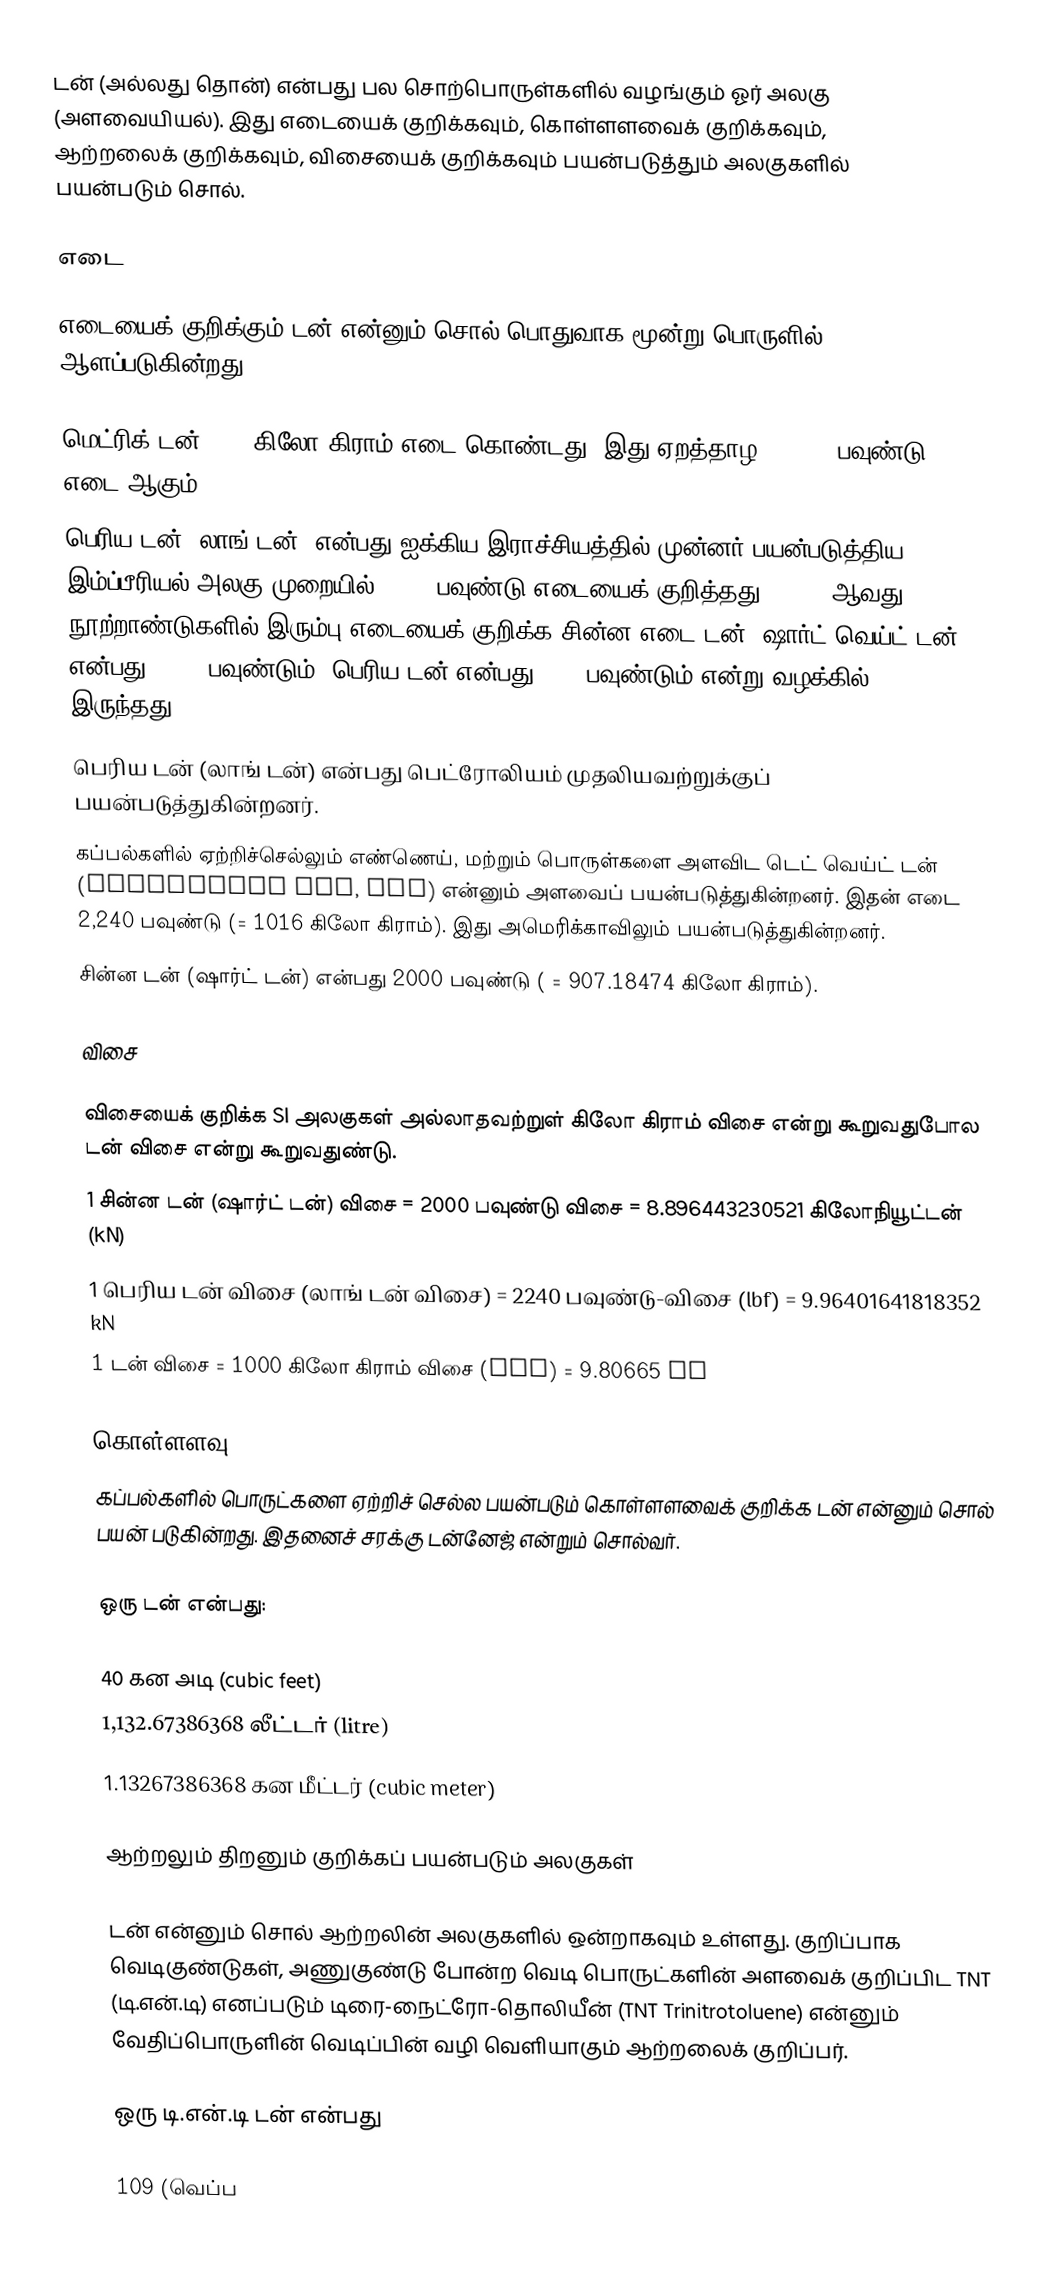
டன் (அல்லது தொன்) என்பது பல சொற்பொருள்களில் வழங்கும் ஓர் அலகு (அளவையியல்). இது எடையைக் குறிக்கவும், கொள்ளளவைக் குறிக்கவும், ஆற்றலைக் குறிக்கவும், விசையைக் குறிக்கவும் பயன்படுத்தும் அலகுகளில் பயன்படும் சொல்.

எடை

எடையைக் குறிக்கும் டன் என்னும் சொல் பொதுவாக மூன்று பொருளில் ஆளப்படுகின்றது.

 மெட்ரிக் டன் 1000 கிலோ கிராம் எடை கொண்டது. இது ஏறத்தாழ 2,204.6 பவுண்டு எடை ஆகும்.
 பெரிய டன் (லாங் டன்) என்பது ஐக்கிய இராச்சியத்தில் முன்னர் பயன்படுத்திய இம்ப்பீரியல் அலகு முறையில் 2,240 பவுண்டு எடையைக் குறித்தது. 17-18 ஆவது நூற்றாண்டுகளில் இரும்பு எடையைக் குறிக்க சின்ன எடை டன் (ஷார்ட் வெய்ட் டன்) என்பது 2,240 பவுண்டும், பெரிய டன் என்பது 2400 பவுண்டும் என்று வழக்கில் இருந்தது.
 பெரிய டன் (லாங் டன்) என்பது பெட்ரோலியம் முதலியவற்றுக்குப் பயன்படுத்துகின்றனர்.
 கப்பல்களில் ஏற்றிச்செல்லும் எண்ணெய், மற்றும் பொருள்களை அளவிட டெட் வெய்ட் டன் (deadweight ton, dwt) என்னும் அளவைப் பயன்படுத்துகின்றனர். இதன் எடை 2,240 பவுண்டு (= 1016 கிலோ கிராம்). இது அமெரிக்காவிலும் பயன்படுத்துகின்றனர்.
 சின்ன டன் (ஷார்ட் டன்) என்பது 2000 பவுண்டு ( = 907.18474 கிலோ கிராம்).

விசை

விசையைக் குறிக்க SI அலகுகள் அல்லாதவற்றுள் கிலோ கிராம் விசை என்று கூறுவதுபோல டன் விசை என்று கூறுவதுண்டு.
 1 சின்ன டன் (ஷார்ட் டன்) விசை = 2000 பவுண்டு விசை = 8.896443230521 கிலோநியூட்டன் (kN)
 1 பெரிய டன் விசை (லாங் டன் விசை) = 2240 பவுண்டு-விசை (lbf) = 9.96401641818352 kN
 1 டன் விசை = 1000 கிலோ கிராம் விசை (kgf) = 9.80665 kN

கொள்ளளவு
கப்பல்களில் பொருட்களை ஏற்றிச் செல்ல பயன்படும் கொள்ளளவைக் குறிக்க டன் என்னும் சொல் பயன் படுகின்றது. இதனைச் சரக்கு டன்னேஜ் என்றும் சொல்வர்.

ஒரு டன் என்பது:

 40 கன அடி (cubic feet)
 1,132.67386368 லீட்டர் (litre)
 1.13267386368 கன மீட்டர் (cubic meter)

ஆற்றலும் திறனும் குறிக்கப் பயன்படும் அலகுகள்

டன் என்னும் சொல் ஆற்றலின் அலகுகளில் ஒன்றாகவும் உள்ளது. குறிப்பாக வெடிகுண்டுகள், அணுகுண்டு போன்ற வெடி பொருட்களின் அளவைக் குறிப்பிட TNT (டி.என்.டி) எனப்படும் டிரை-நைட்ரோ-தொலியீன் (TNT Trinitrotoluene) என்னும் வேதிப்பொருளின் வெடிப்பின் வழி வெளியாகும் ஆற்றலைக் குறிப்பர்.

ஒரு டி.என்.டி டன் என்பது

 109 (வெப்ப